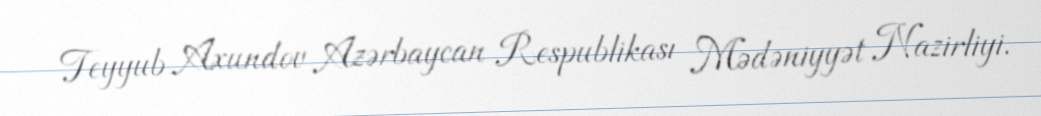
Teyyub Axundov Azərbaycan Respublikası Mədəniyyət Nazirliyi.